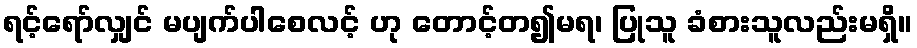
ရင့်ရော်လျှင် မပျက်ပါစေလင့် ဟု တောင့်တ၍မရ၊ ပြုသူ ခံစားသူလည်းမရှိ။